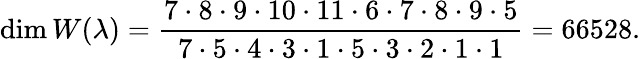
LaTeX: \dim W(\lambda)={\frac{7\cdot 8\cdot 9\cdot 10\cdot 11\cdot 6\cdot 7\cdot 8\cdot 9\cdot 5}{7\cdot 5\cdot 4\cdot 3\cdot 1\cdot 5\cdot 3\cdot 2\cdot 1\cdot 1}}=66528.